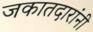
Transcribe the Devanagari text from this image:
जकातदारांनी